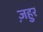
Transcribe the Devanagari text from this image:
ज़हुर